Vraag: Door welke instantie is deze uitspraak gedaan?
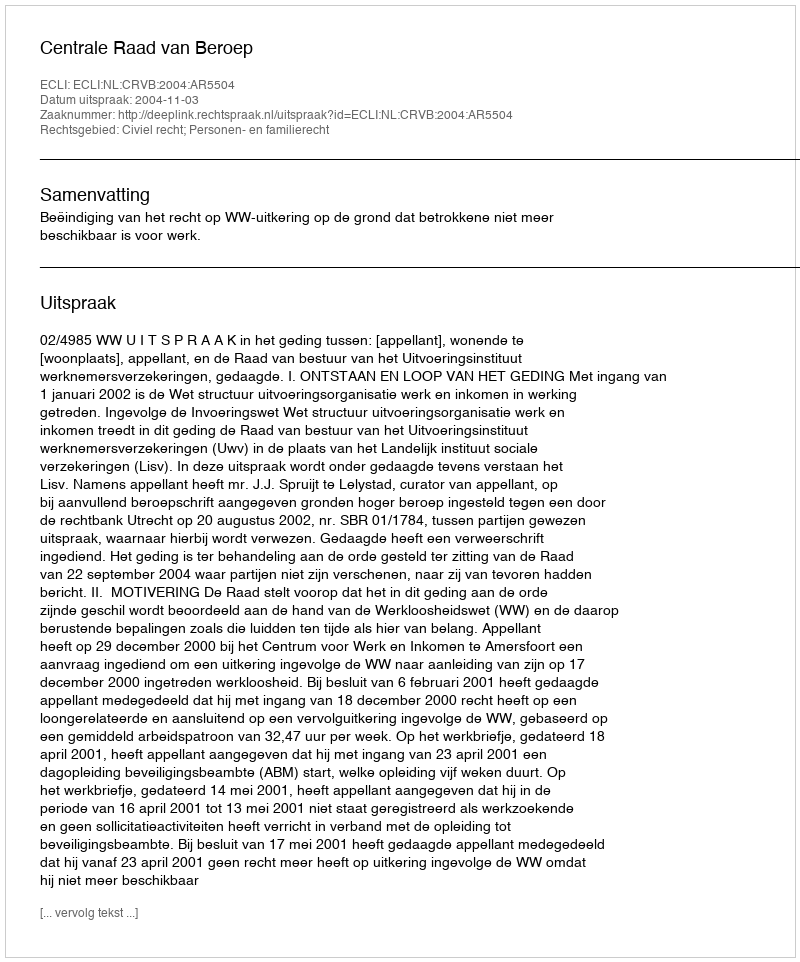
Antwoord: Centrale Raad van Beroep